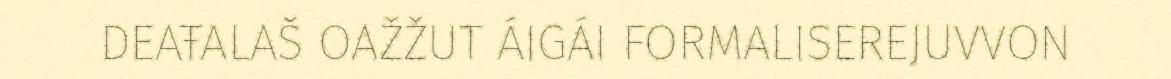
DEAŦALAŠ OAŽŽUT ÁIGÁI FORMALISEREJUVVON